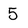
Character: 5